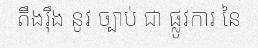
តឹងរ៉ឹង នូវ ច្បាប់ ជា ផ្លូវការ នៃ